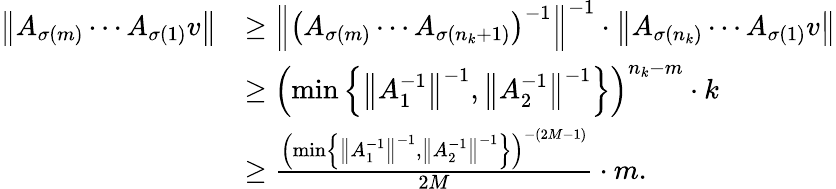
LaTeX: \begin{array}{rl}{\left\| A_{\sigma(m)}\cdots A_{\sigma(1)}v\right\| }&{\geq\left\| \left(A_{\sigma(m)}\cdots A_{\sigma(n_{k}+1)}\right)^{-1}\right\| ^{-1}\cdot\left\| A_{\sigma(n_{k})}\cdots A_{\sigma(1)}v\right\| }\\ &{\geq\left(\operatorname*{min}\left\{ \left\| A_{1}^{-1}\right\| ^{-1},\left\| A_{2}^{-1}\right\| ^{-1}\right\} \right)^{n_{k}-m}\cdot k}\\ &{\geq\frac{\left(\operatorname*{min}\left\{ \left\| A_{1}^{-1}\right\| ^{-1},\left\| A_{2}^{-1}\right\| ^{-1}\right\} \right)^{-(2M-1)}}{2M}\cdot m.}\end{array}